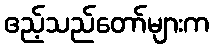
ဧည့်သည်တော်များက